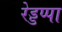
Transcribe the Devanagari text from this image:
रेड्डप्पा